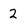
Character: 2